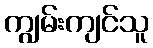
ကျွမ်းကျင်သူ